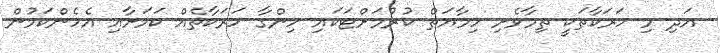
އަދި މި ހަރަކާތަކީ ތިމާވެށި ހިމާޔަތް ކުރުމަށްޓަކައި ހިންގާ ހަރަކާތެއް ކަމަށާއި އެހެންކަމުން